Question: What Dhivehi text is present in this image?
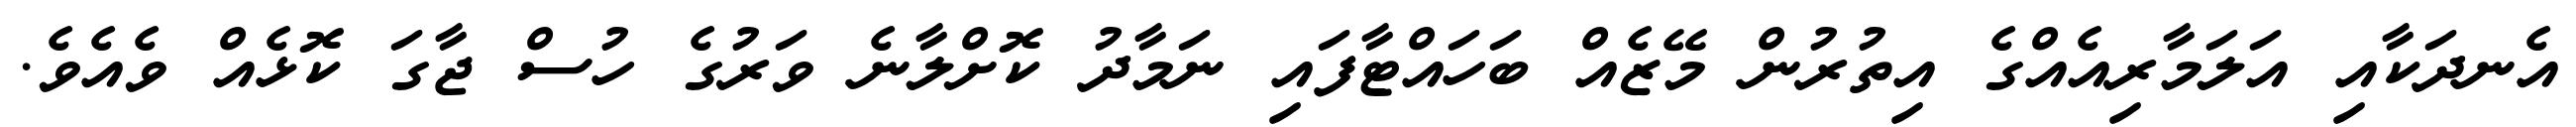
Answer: އެނދަކާއި އަލަމާރިއެއްގެ އިތުރުން މޭޒެއް ބަހައްޓާފައި ނަމާދު ކޮށްލާނެ ވަރުގެ ހުސް ޖާގަ ކޮޅެއް ވެއެވެ.